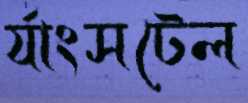
র‍্যাংসটেল